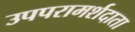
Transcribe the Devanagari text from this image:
उपपरामर्शदाता